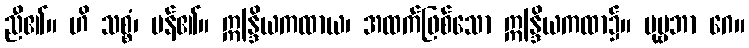
ညီ၏။ ဟိ သစ္စံ၊ မန်၏။ ဣန္ဒြိယကထာယ၊ အထက်ဖြစ်သော ဣန္ဒြိယကထာ၌။ ပုဗ္ဗဘာ ဂေ။